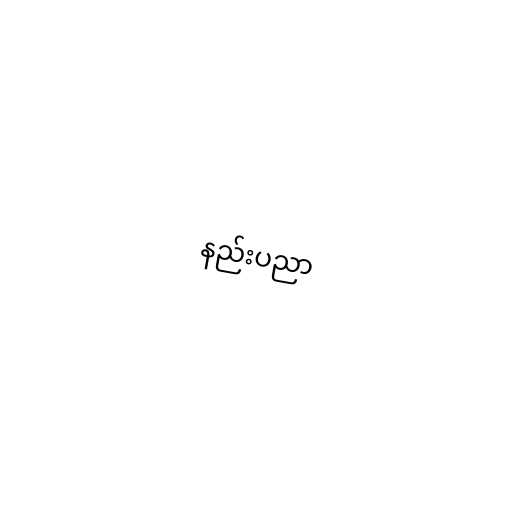
နည်းပညာ